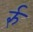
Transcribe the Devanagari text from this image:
र्रु